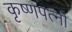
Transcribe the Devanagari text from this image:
कृष्णपत्‍नी